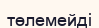
төлемейді